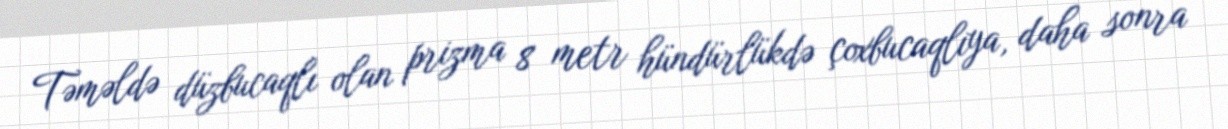
Təməldə düzbucaqlı olan prizma 8 metr hündürlükdə çoxbucaqlıya, daha sonra